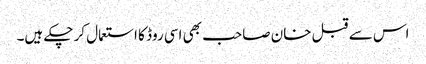
اس سے قبل خان صاحب بھی اسی روڈ کا استعمال کر چکے ہیں۔